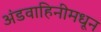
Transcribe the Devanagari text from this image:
अंडवाहिनीमधून